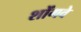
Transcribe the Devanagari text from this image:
शोंगवे